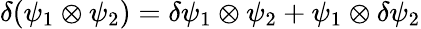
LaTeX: \delta(\psi_{1}\otimes\psi_{2})=\delta\psi_{1}\otimes\psi_{2}+\psi_{1}\otimes\delta\psi_{2}